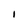
Character: I